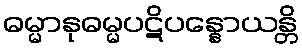
ဓမ္မာနုဓမ္မပဋိပန္နောယန္တိ